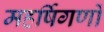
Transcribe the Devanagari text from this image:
महर्षिगणों